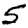
Digit: 5